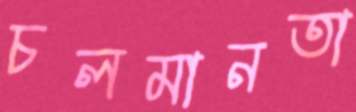
চলমানতা